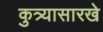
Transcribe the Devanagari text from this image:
कुत्र्यासारखे